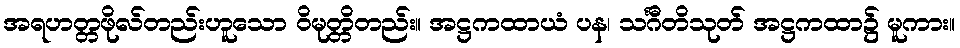
အရဟတ္တဖိုလ်တည်းဟူသော ဝိမုတ္တိတည်း။ အဋ္ဌကထာယံ ပန၊ သင်္ဂီတိသုတ် အဋ္ဌကထာ၌ မူကား။